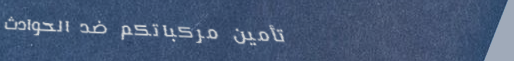
تأمين مركباتكم ضد الحوادث